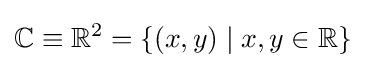
\mathbb {C} \equiv \mathbb {R} ^{2}=\{(x,y)\mid x,y\in \mathbb {R} \}